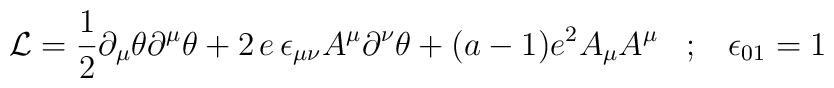
{\cal L}=\frac 12 \partial_\mu\theta\partial^\mu\theta+ 2\, e\,\epsilon_{\mu\nu}A^\mu\partial^\nu\theta +(a-1)e^2 A_\mu A^\mu\;\;\; ;\;\;\;\epsilon_{01}=1